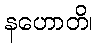
နဟောတိ၊